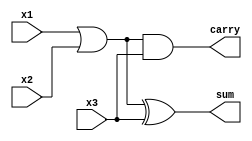
module approx_fa ( input x1, x2, x3, output sum, carry );
  
  wire w ;
  
    assign
         w     = x1| x2 , // temp value
         sum   = w ^ x3 , //sum calculation
         carry = w & x3 ; //carry calculation
    
endmodule